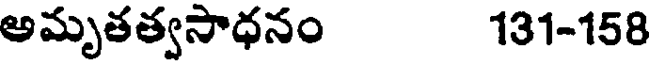
అమృతత్వసాధనం 131-158